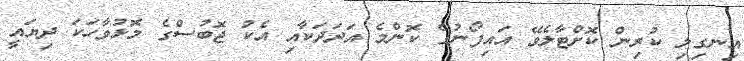
އިނގިލި ކުރިން ކޮށްޓާލެވޭ އައިފޯނުގެ ކޮންމެ އަދަދަކާއި އެކު ޖޮބުސްގެ މޮޅުވާހަކަ ދިޔައީ